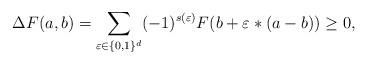
LaTeX: \begin{align*}\Delta F(a,b)=\sum_{\varepsilon \in \{0,1\}^d}(-1)^{s(\varepsilon)}F(b+\varepsilon \ast (a-b))\geq 0, \end{align*}